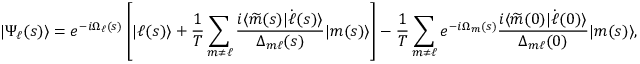
| \Psi _ { \ell } ( s ) \rangle = e ^ { - i \Omega _ { \ell } ( s ) } \left[ | \ell ( s ) \rangle + \frac { 1 } { T } \sum _ { m \neq \ell } \frac { i \langle \widetilde { m } ( s ) | \dot { \ell } ( s ) \rangle } { \Delta _ { m \ell } ( s ) } | m ( s ) \rangle \right] - \frac { 1 } { T } \sum _ { m \neq \ell } e ^ { - i \Omega _ { m } ( s ) } \frac { i \langle \widetilde { m } ( 0 ) | \dot { \ell } ( 0 ) \rangle } { \Delta _ { m \ell } ( 0 ) } | m ( s ) \rangle ,